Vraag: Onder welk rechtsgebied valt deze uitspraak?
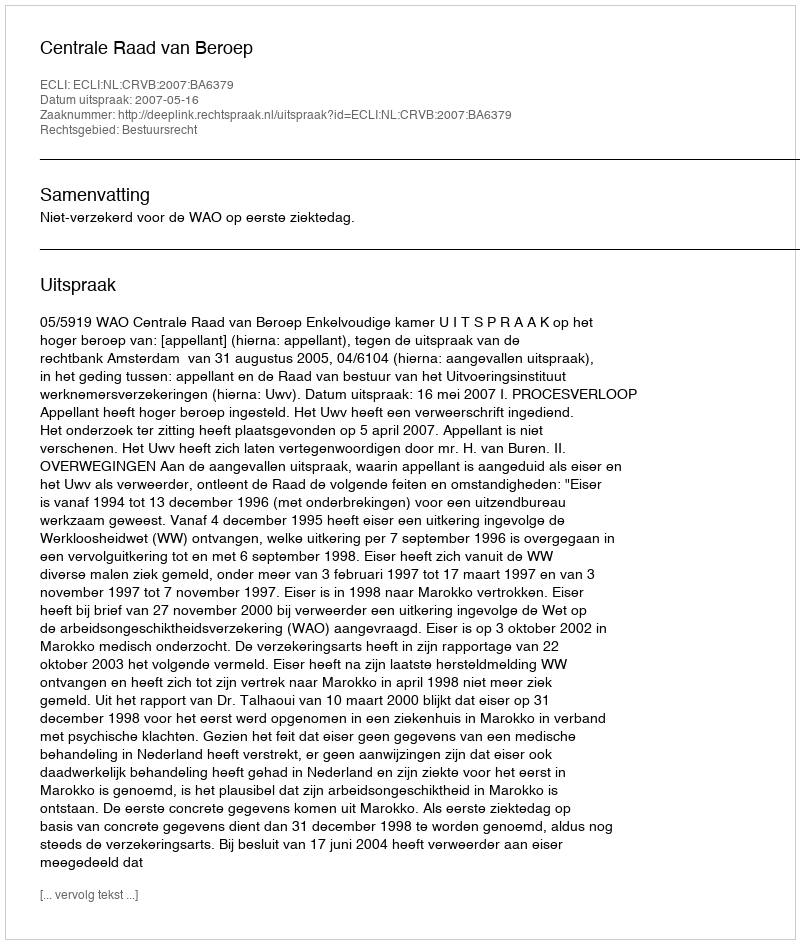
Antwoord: Bestuursrecht